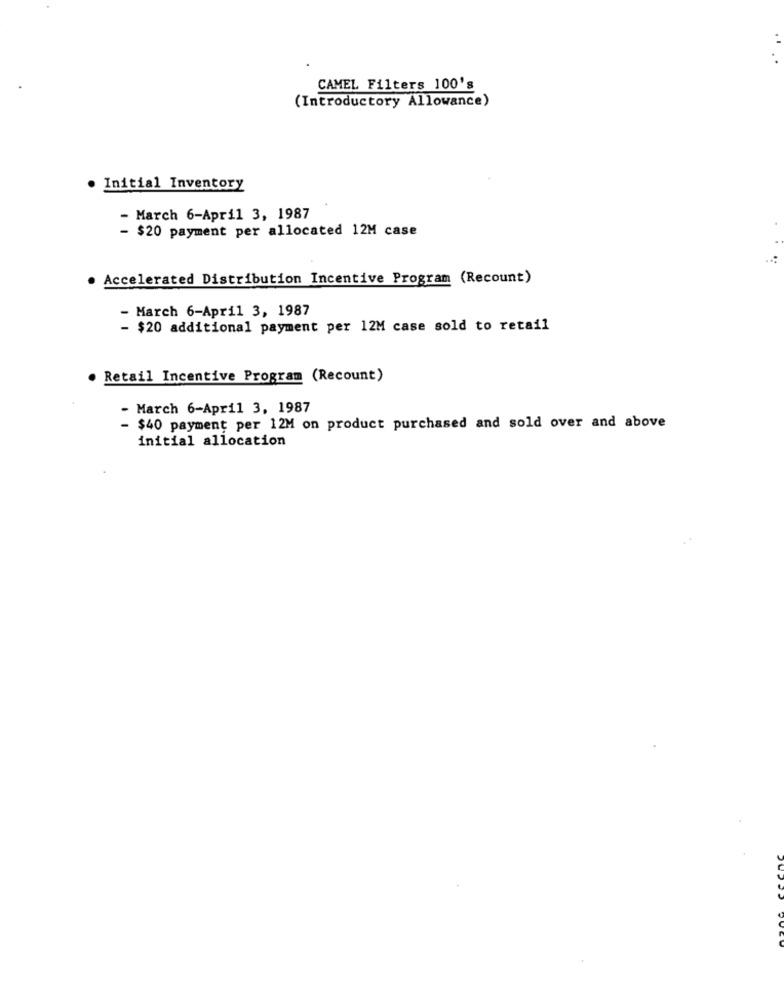
CAMEL Filters 100's
(Introductory Allowance)
· Initial Inventory
- March 6-April 3, 1987
- $20 payment per allocated 12M case
. Accelerated Distribution Incentive Program (Recount)
- March 6-April 3, 1987
- $20 additional payment per 12M case sold to retail
Retail Incentive Program (Recount)
- March 6-April 3, 1987
- $40 payment per 12M on product purchased and sold over and above
initial allocation